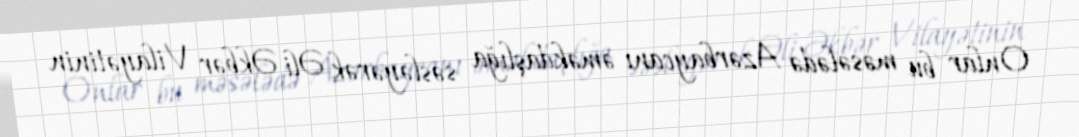
Onlar bu məsələdə Azərbaycanı əməkdaşlığa səsləyərək Əli Əkbər Vilayətinin